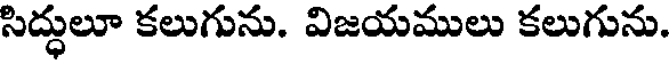
సిద్ధులూ కలుగును. విజయములు కలుగును.